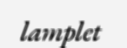
lamplet